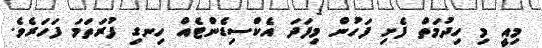
މިއީ މި ހިދުމަތް ފެށި ފަހުން މިފަދަ އެކްސިޑެންޓެއް ހިނގި ފުރަތަމަ ފަހަރެވެ.